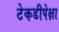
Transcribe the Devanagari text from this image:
टेकडीपेक्षा